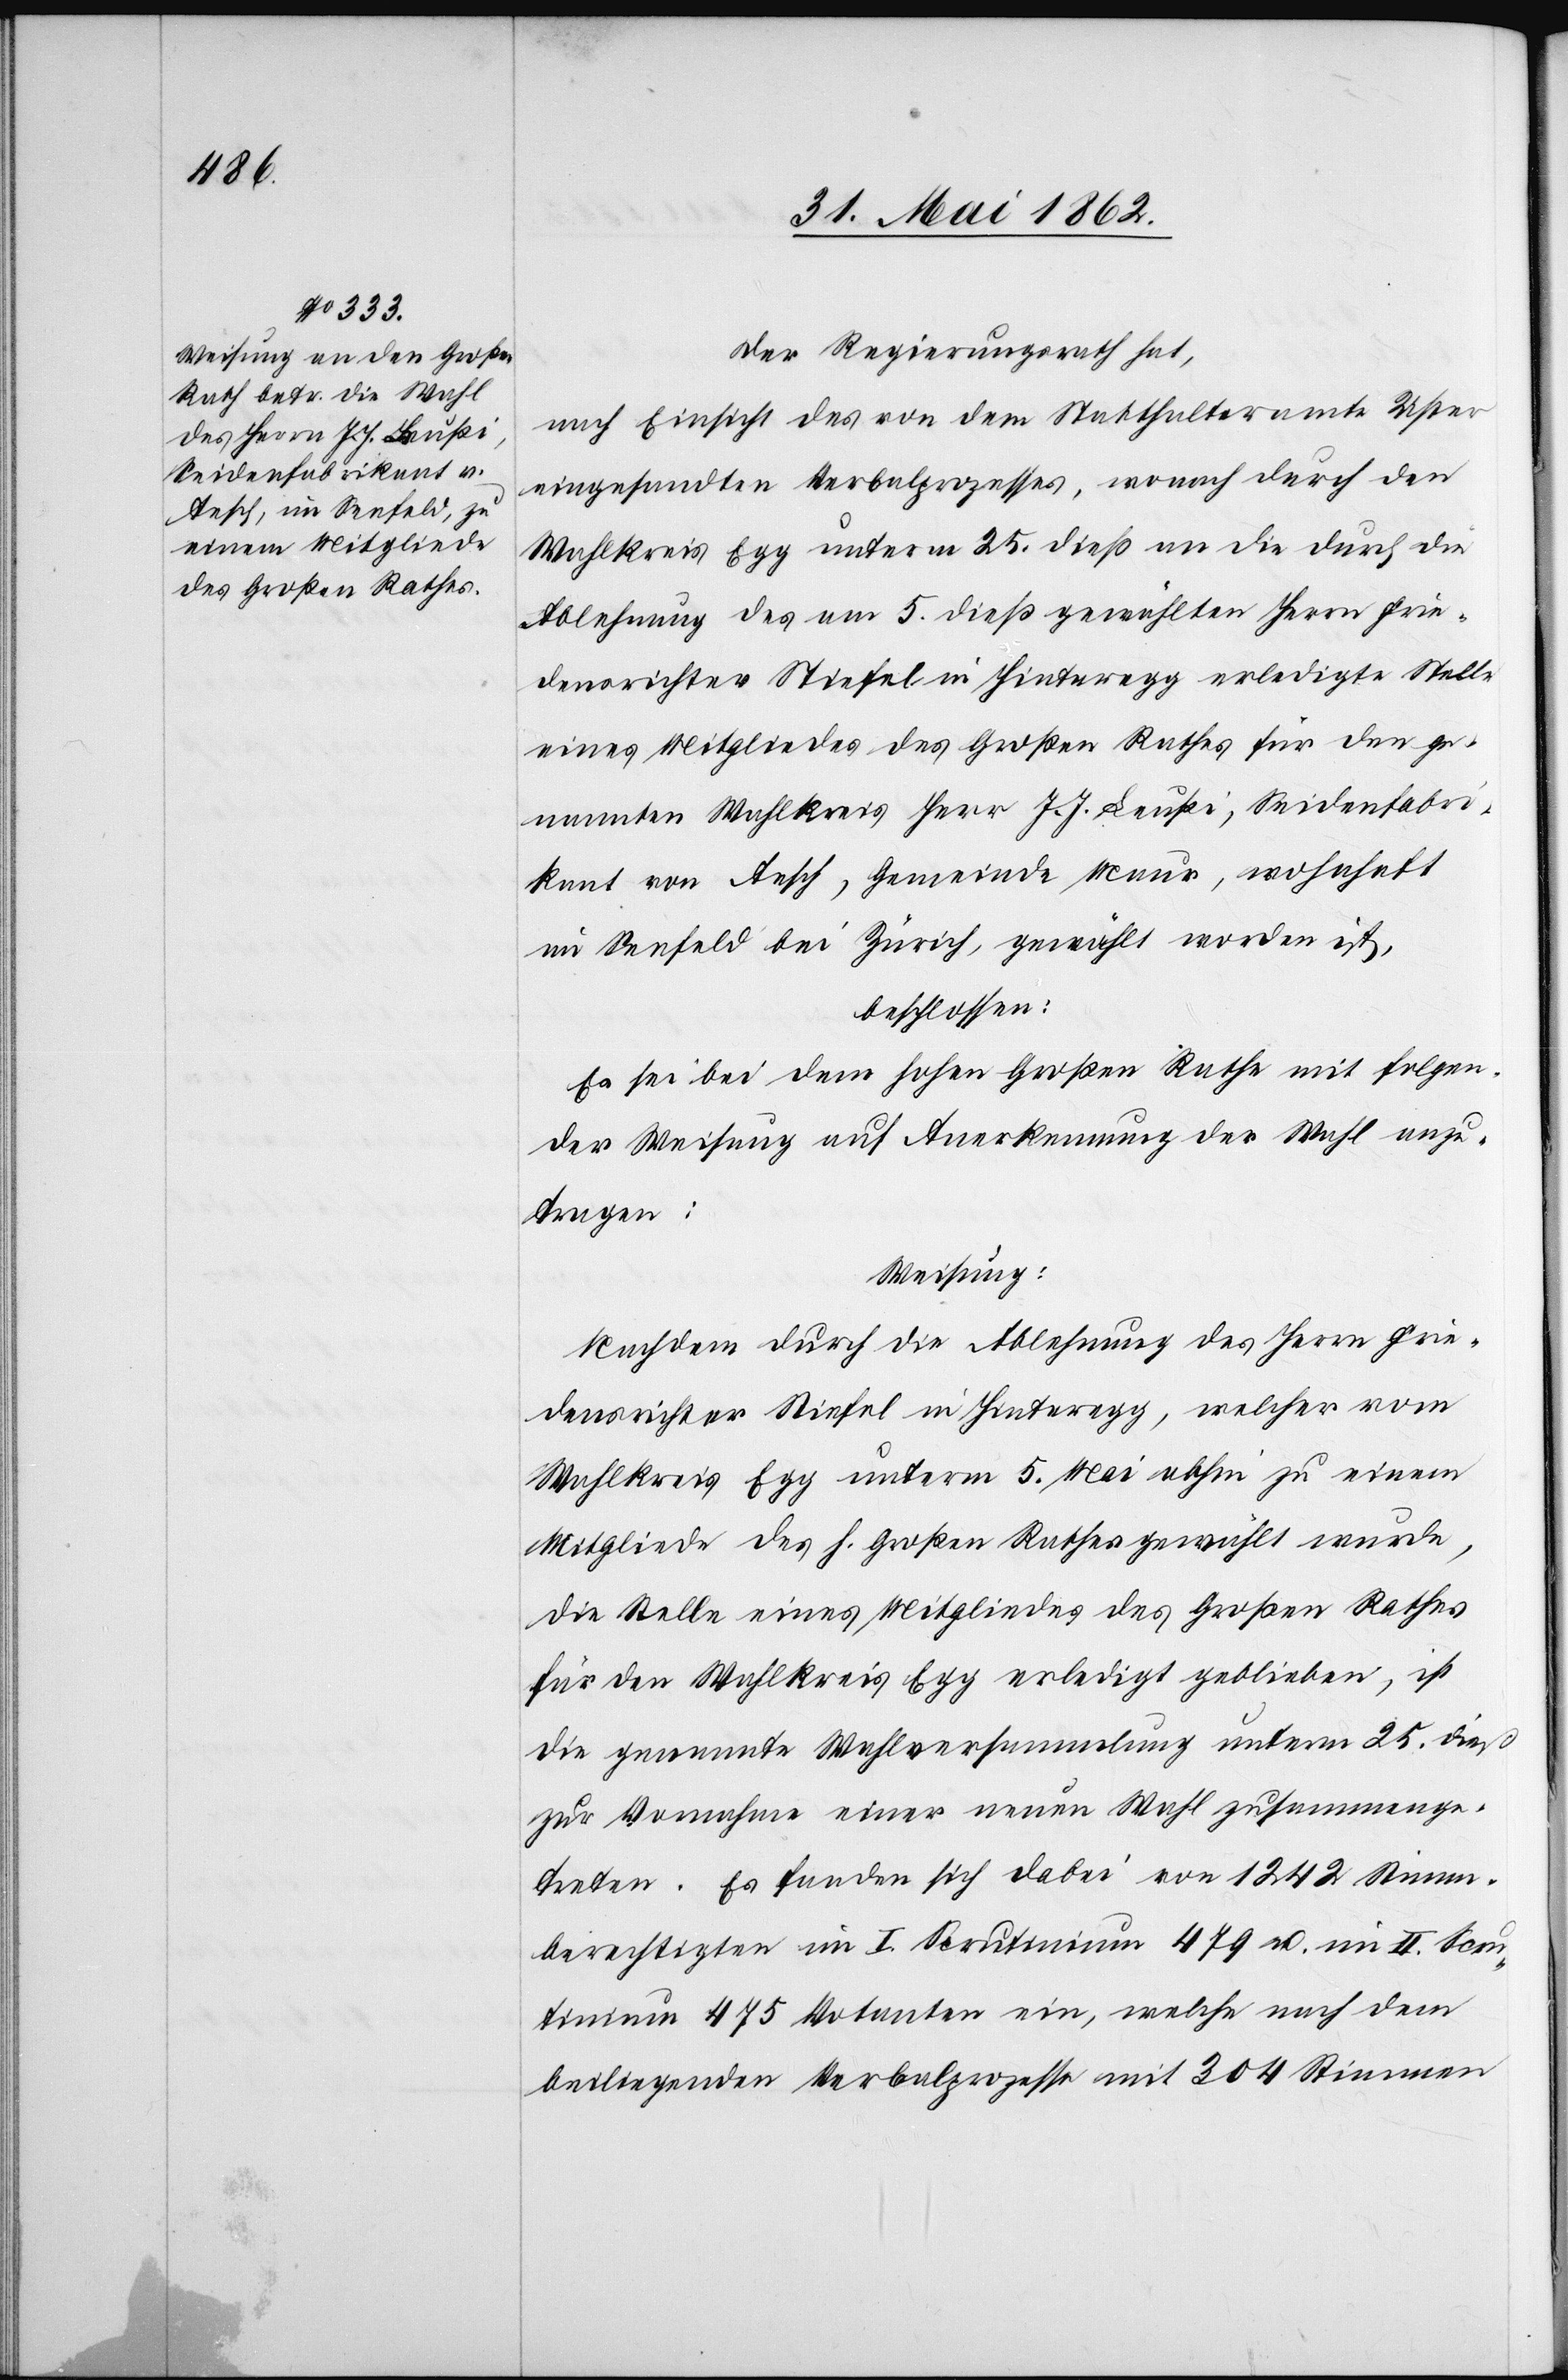
Der Regierungsrath hat,
nach Einsicht des von dem Statthalteramte Uster
eingesandten Verbalprozesses, wonach durch den
Wahlkreis Egg unterm 25. dieß an die durch die
Ablehnung des am 5. dieß gewählten Herrn Frie¬
densrichter Stiefel in Hinteregg erledigte Stelle
eines Mitgliedes des Großen Rathes für den ge¬
nannten Wahlkreis Herr J. J. Leußi, Seidenfabri¬
kant von Aesch, Gemeinde Maur, wohnhaft
im Seefeld bei Zürich, gewählt worden ist,
beschlossen:
Es sei bei dem hohen Großen Rathe mit folgen¬
der Weisung auf Anerkennung der Wahl anzu¬
tragen:
Weisung:
Nachdem durch die Ablehnung des Herrn Frie¬
densrichter Stiefel in Hinteregg, welcher vom
Wahlkreis Egg unterm 5. Mai abhin zu einem
Mitgliede des h. Großen Rathes gewählt wurde,
die Stelle eines Mitgliedes des Großen Rathes
für den Wahlkreis Egg erledigt geblieben, ist
die genannte Wahlversammlung unterm 25. dieß
zur Vornahme einer neuen Wahl zusammenge¬
treten. Es fanden sich dabei von 1242 Stimm¬
berechtigten im I. Scrutinium 479 u. im II Scru¬
tinium 475 Votanten ein, welche nach dem
beiliegenden Verbalprozesse mit 204 Stimmen